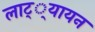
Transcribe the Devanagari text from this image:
लाट््यायन